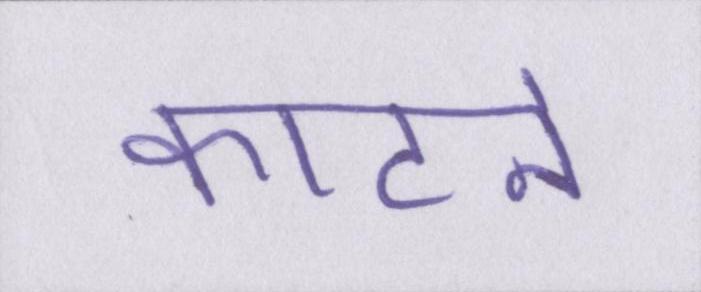
काटने